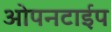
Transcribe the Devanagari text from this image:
ओपनटाईप